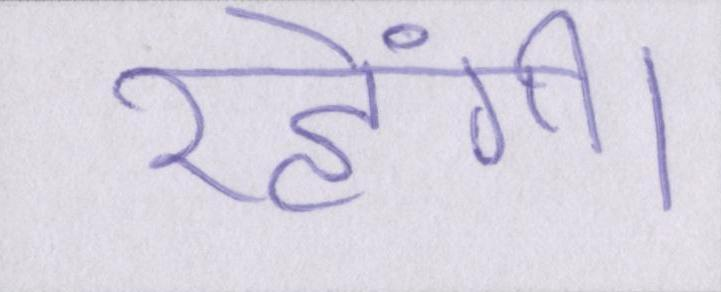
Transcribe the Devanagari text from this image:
रहेंगी।